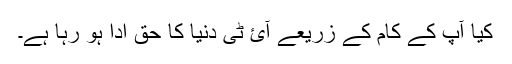
کیا آپ کے کام کے زریعے آئ ٹی دنیا کا حق ادا ہو رہا ہے۔